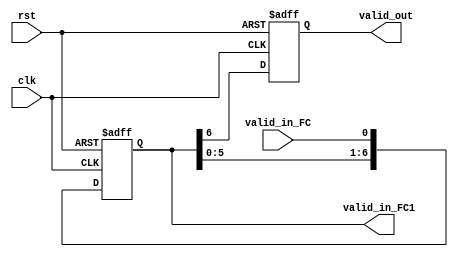
module control_FC(
    input valid_in_FC, clk, rst,
    output reg valid_out,
    output reg [6:0] valid_in_FC1
);
    always @(posedge clk or posedge rst) 
    begin
        if(rst)begin
            valid_in_FC1[0] <= 1'd0;
            valid_in_FC1[1] <= 1'd0;
            valid_in_FC1[2] <= 1'd0;
            valid_in_FC1[3] <= 1'd0;
            valid_in_FC1[4] <= 1'd0;
            valid_in_FC1[5] <= 1'd0;
            valid_in_FC1[6] <= 1'd0;
            valid_out       <= 1'd0;
        end
        else begin
            valid_in_FC1[0] <= valid_in_FC;
            valid_in_FC1[1] <= valid_in_FC1[0];
            valid_in_FC1[2] <= valid_in_FC1[1];
            valid_in_FC1[3] <= valid_in_FC1[2];
            valid_in_FC1[4] <= valid_in_FC1[3];
            valid_in_FC1[5] <= valid_in_FC1[4];
            valid_in_FC1[6] <= valid_in_FC1[5];
            valid_out       <= valid_in_FC1[6];
        end
    end        


endmodule